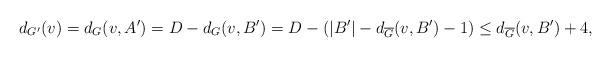
LaTeX: \begin{align*}d_{G'}(v) = d_G(v,A') = D - d_G(v,B')= D - (|B'| - d_{\overline{G}}(v,B') - 1)\le d_{\overline{G}}(v,B') + 4,\end{align*}